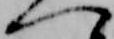
へ